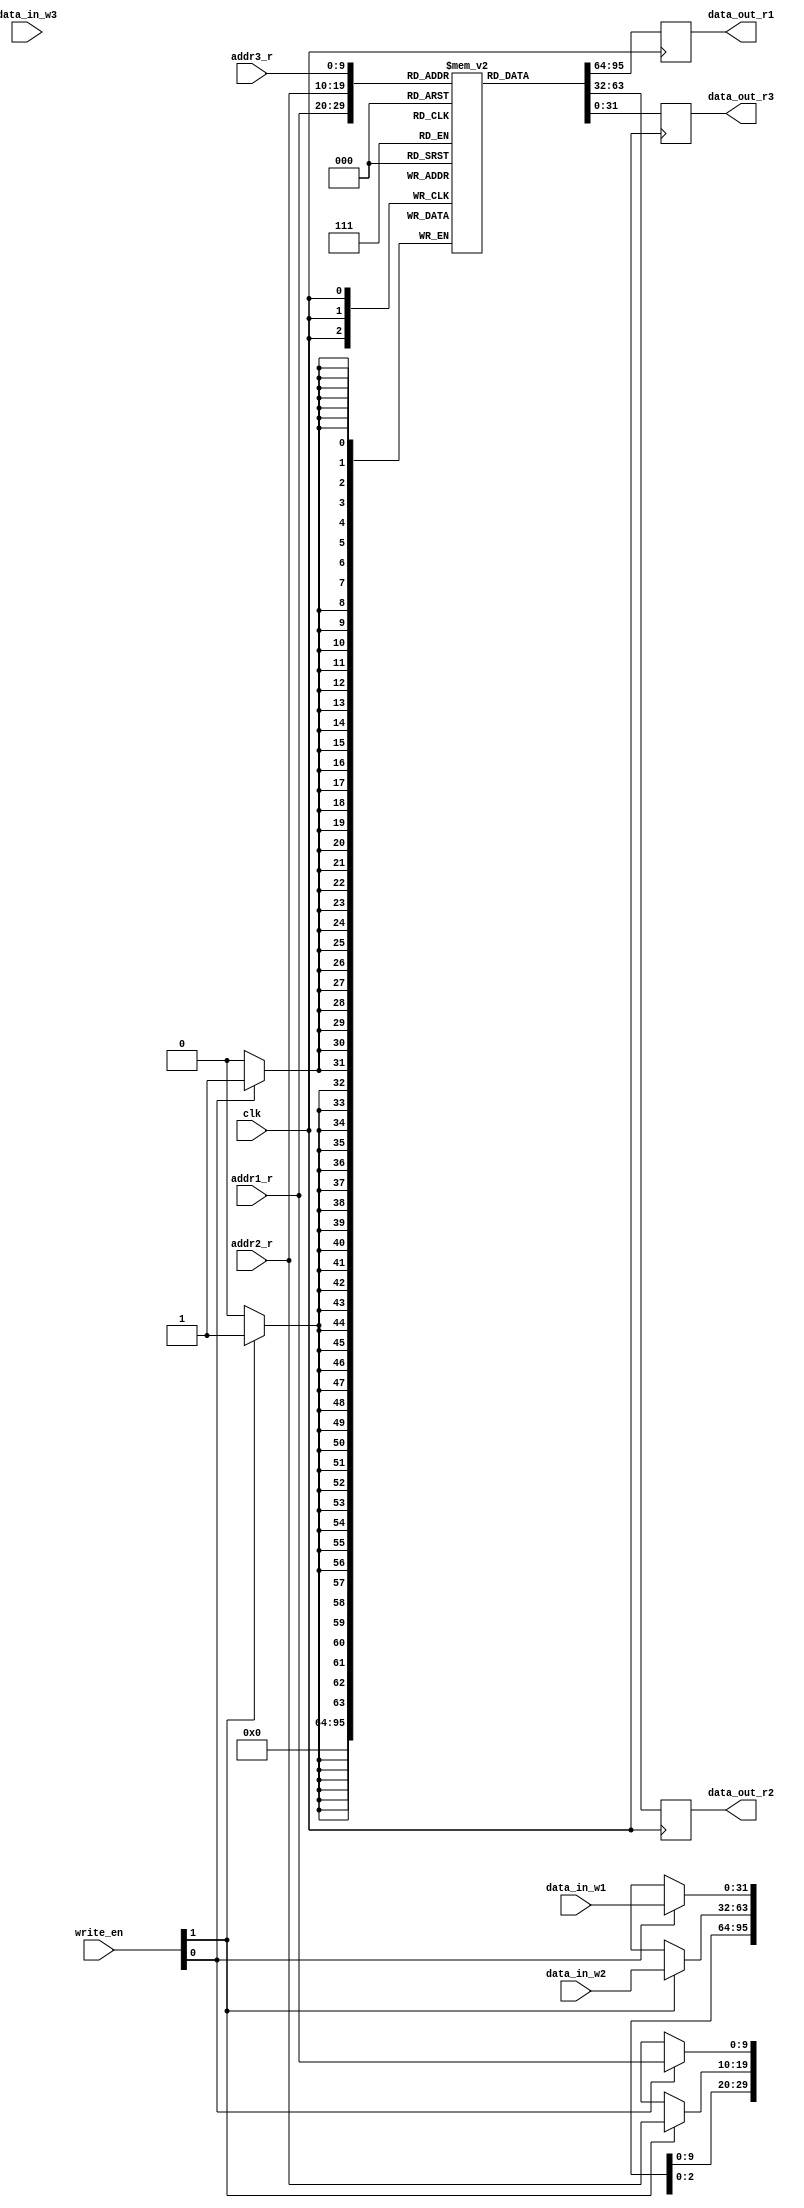
module triple_port_register_file(
    input clk,
    input [9:0] addr1_r, addr2_r, addr3_r,
    input [31:0] data_in_w1, data_in_w2, data_in_w3,
    input [1:0] write_en,
    output reg [31:0] data_out_r1, data_out_r2, data_out_r3
);

reg [31:0] reg_file [0:1023];

always @(posedge clk) begin
    if (write_en[0]) begin
        reg_file[addr1_r] <= data_in_w1;
    end
    if (write_en[1]) begin
        reg_file[addr2_r] <= data_in_w2;
    end
    if (write_en[2]) begin
        reg_file[addr3_r] <= data_in_w3;
    end
    
    data_out_r1 <= reg_file[addr1_r];
    data_out_r2 <= reg_file[addr2_r];
    data_out_r3 <= reg_file[addr3_r];
end

endmodule